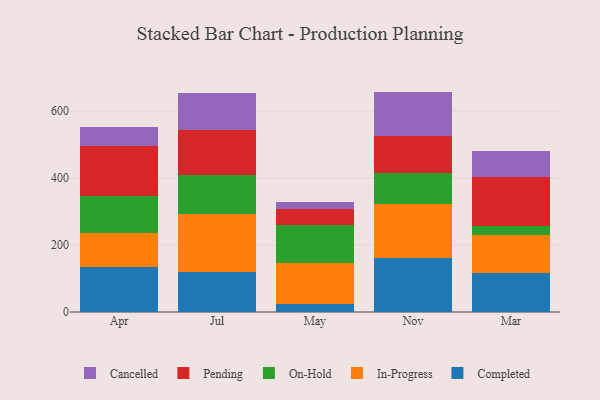
{"axis": {"x": "Month", "y": "Gross Profit (USD K)"}, "legend": ["Cancelled", "Completed", "In-Progress", "On-Hold", "Pending"], "data": [{"x": "Apr", "y": 133.2, "type": "Completed"}, {"x": "Apr", "y": 102.2, "type": "In-Progress"}, {"x": "Apr", "y": 110.3, "type": "On-Hold"}, {"x": "Apr", "y": 151.6, "type": "Pending"}, {"x": "Apr", "y": 54.1, "type": "Cancelled"}, {"x": "Jul", "y": 118.0, "type": "Completed"}, {"x": "Jul", "y": 173.3, "type": "In-Progress"}, {"x": "Jul", "y": 118.0, "type": "On-Hold"}, {"x": "Jul", "y": 133.2, "type": "Pending"}, {"x": "Jul", "y": 112.1, "type": "Cancelled"}, {"x": "May", "y": 25.3, "type": "Completed"}, {"x": "May", "y": 120.4, "type": "In-Progress"}, {"x": "May", "y": 113.0, "type": "On-Hold"}, {"x": "May", "y": 48.6, "type": "Pending"}, {"x": "May", "y": 21.7, "type": "Cancelled"}, {"x": "Nov", "y": 162.0, "type": "Completed"}, {"x": "Nov", "y": 160.2, "type": "In-Progress"}, {"x": "Nov", "y": 94.1, "type": "On-Hold"}, {"x": "Nov", "y": 108.4, "type": "Pending"}, {"x": "Nov", "y": 133.6, "type": "Cancelled"}, {"x": "Mar", "y": 117.1, "type": "Completed"}, {"x": "Mar", "y": 112.5, "type": "In-Progress"}, {"x": "Mar", "y": 25.9, "type": "On-Hold"}, {"x": "Mar", "y": 147.1, "type": "Pending"}, {"x": "Mar", "y": 77.4, "type": "Cancelled"}]}